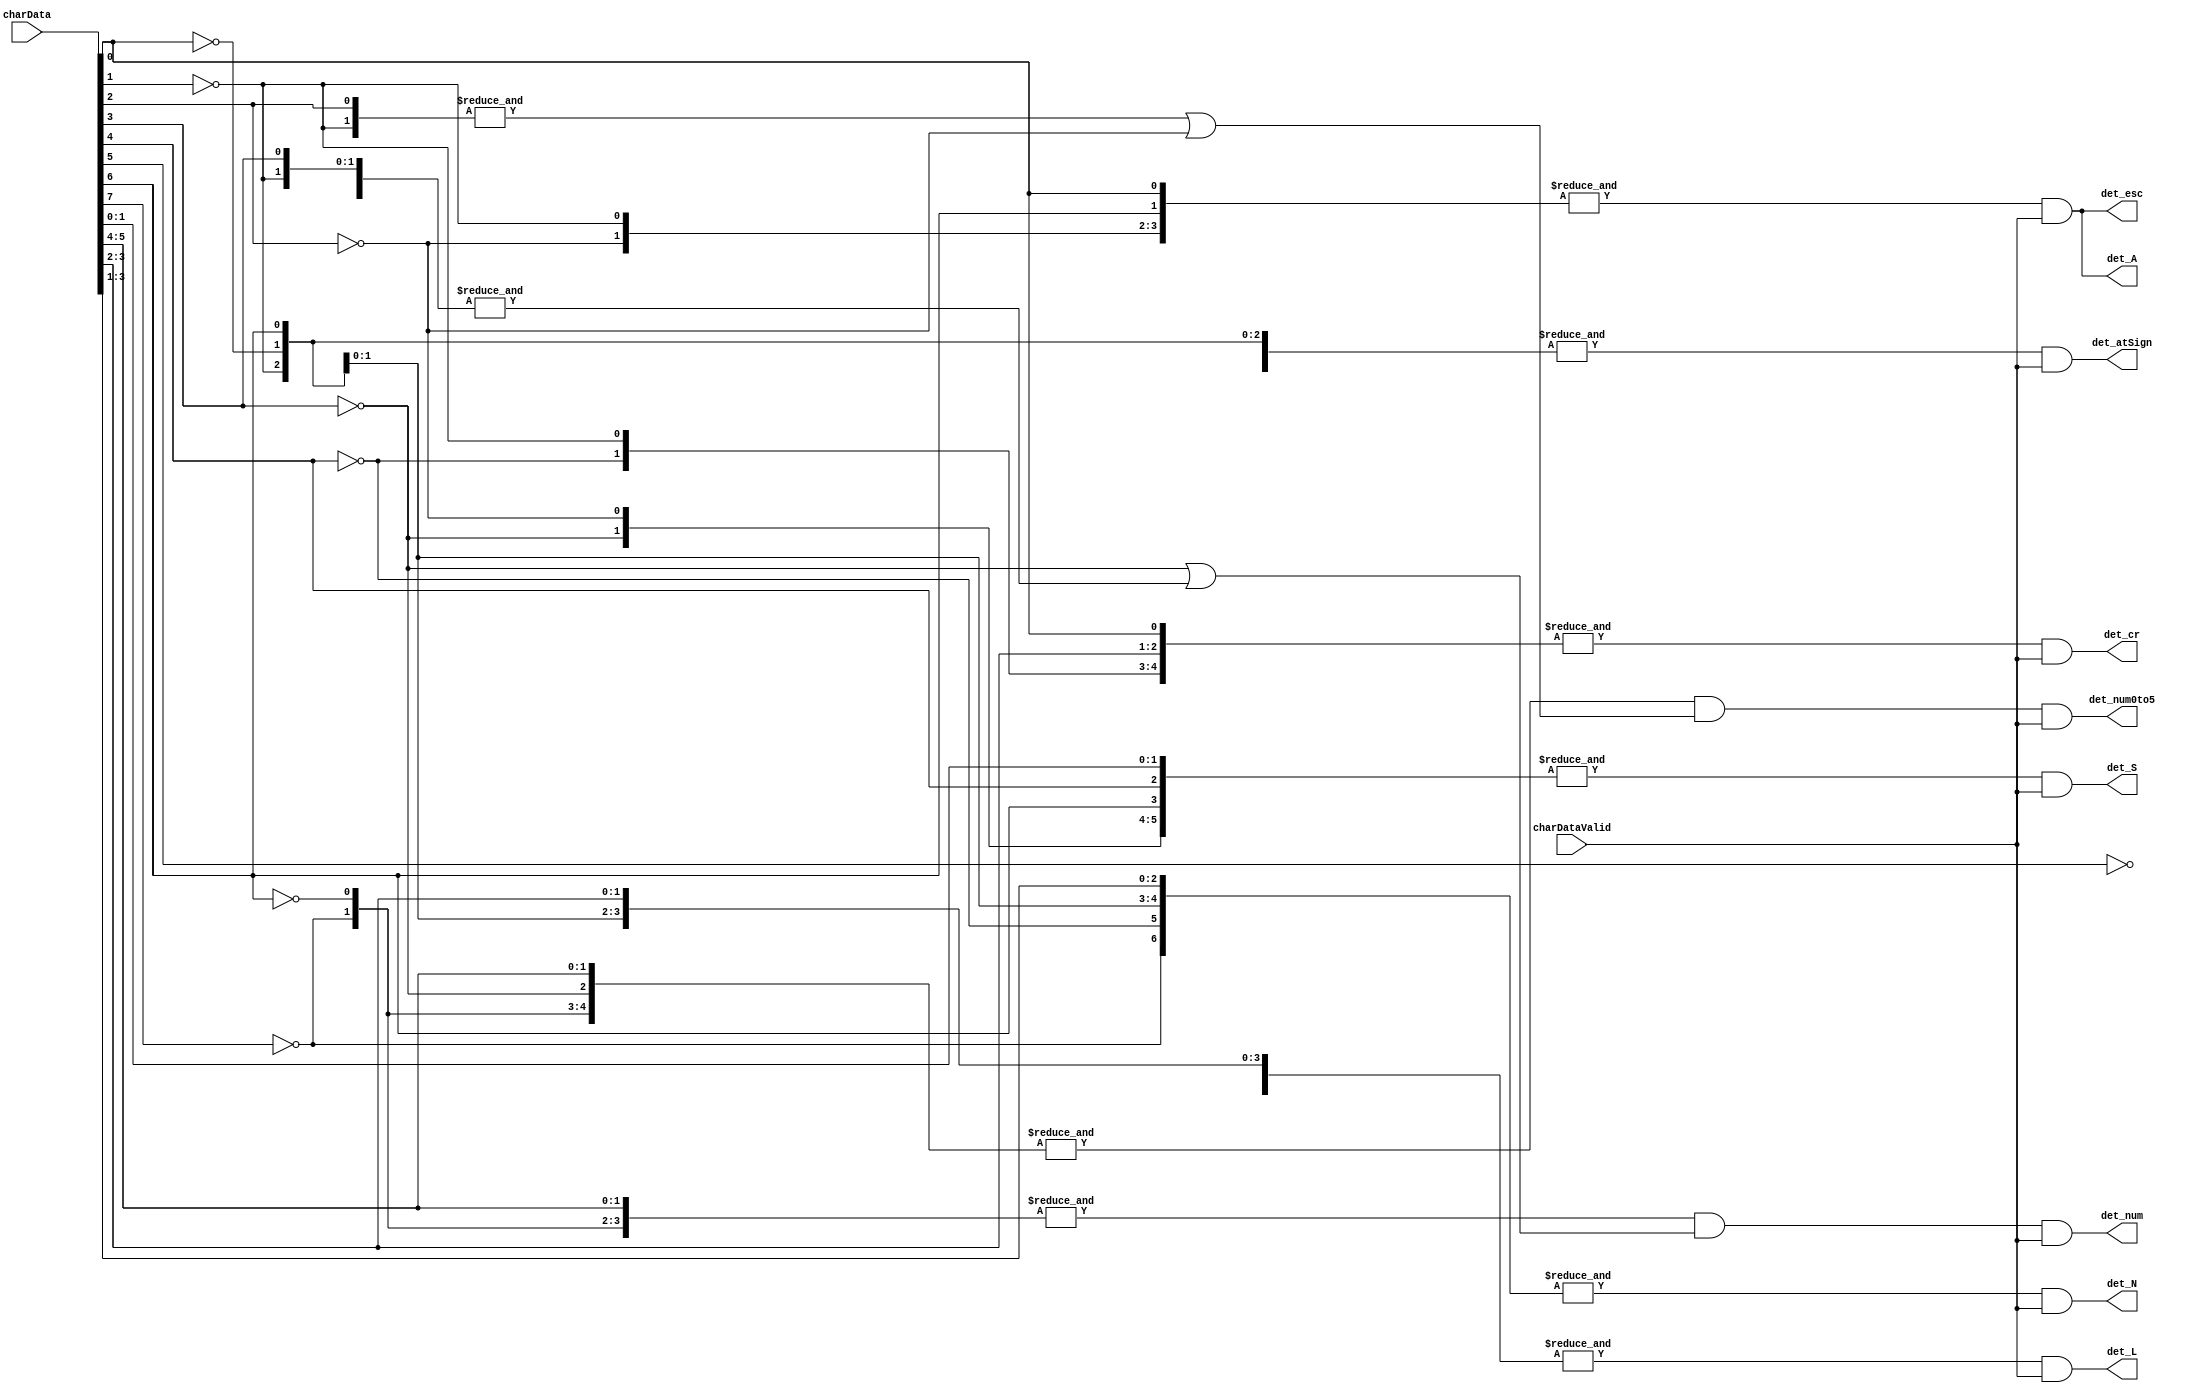

// --------------------------------------------------------------------
// >>>>>>>>>>>>>>>>>>>>>>>>> COPYRIGHT NOTICE <<<<<<<<<<<<<<<<<<<<<<<<<
// --------------------------------------------------------------------
// Copyright (c) 2019 by UCSD CSE 140L
// --------------------------------------------------------------------
//
// Permission:
//
//   This code for use in UCSD CSE 140L.
//   It is synthesisable for Lattice iCEstick 40HX.  
//
// Disclaimer:
//
//   This Verilog source code is intended as a design reference
//   which illustrates how these types of functions can be implemented.
//   It is the user's responsibility to verify their design for
//   consistency and functionality through the use of formal
//   verification methods.  
//
// -------------------------------------------------------------------- //           
//                     Lih-Feng Tsaur
//                     Bryan Chin
//                     UCSD CSE Department
//                     9500 Gilman Dr, La Jolla, CA 92093
//                     U.S.A
//
// --------------------------------------------------------------------
//
//
//  decodeKeys
//
// decode the 8 bit ascii input charData when
// charDataValid is asserted.
// specifically, we decode
//   'ESC' 
//   '0-9'
//   '0-5'
//   'CR' - stop (carriage return)
//   '@'
//   'a'
//   'l' 
//   's''S' -- start
//   'n''N' -- select LED 
//
module decodeKeys(
        output wire     det_esc,
        output wire     det_num,
        output wire     det_num0to5, 
        output wire     det_cr,
        output wire     det_atSign,
        output wire     det_A,
        output wire     det_L,
        output wire     det_N,
        output wire     det_S,
        input wire[7:0] charData,
        input wire      charDataValid
    );

   // Key.1 add code to detect input keys
   //   5% of points assigned to Lab3
   wire b0_0 = ~charData[0];
   wire b1_0 = ~charData[1];
   wire b2_0 = ~charData[2];
   wire b3_0 = ~charData[3];
   wire b4_0 = ~charData[4];
   wire b5_0 = ~charData[5];
   wire b6_0 = ~charData[6];
   wire b7_0 = ~charData[7];
   wire b0_1 = charData[0];
   wire b1_1 = charData[1];
   wire b2_1 = charData[2];
   wire b3_1 = charData[3];
   wire b4_1 = charData[4];
   wire b5_1 = charData[5];
   wire b6_1 = charData[6];
   wire b7_1 = charData[7];

   // esc - 1b = 8'd27
   assign det_esc = &{b7_0, b6_1, b4_0, b3_0, b2_0, b1_0, b0_1} & charDataValid;

   // 0-5 0x30 - 0x35
   assign det_num0to5 = &{b7_0, b6_0, b5_1, b4_1, b3_0} & (&{b2_1, b1_0} | b2_0) & charDataValid;
   
   // 0-9 0x30 - 0x39
   assign det_num = &{b7_0, b6_0, b5_1, b4_1} &( b3_0 | &{b3_1, b2_0, b1_0}) &  charDataValid;      

   // 8'd13 0x0d
   assign det_cr = &{b7_0, b6_0, b5_0, b4_0, b3_1, b2_1, b1_0, b0_1} & charDataValid;

   // "A/a" = 41/61
   assign det_A = &{b7_0, b6_1, b4_0, b3_0, b2_0, b1_0, b0_1} & charDataValid;
   
   // "L/l" = 4C/6C
   assign det_L = &{b7_0, b6_1, b4_0, b3_1, b2_1, b1_0, b0_0} & charDataValid;

   // "N/n" = 4E/6E
   assign det_N = &{b7_0, b6_1, b4_0, b3_1, b2_1, b1_1, b0_0} & charDataValid;

   // "S/s" = 53/73
   assign det_S = &{b7_0, b6_1, b4_1, b3_0, b2_0, b1_1, b0_1} & charDataValid;

   // "@" = 40
   assign det_atSign = &{b7_0, b6_1, b5_0, b4_0, b3_0, b2_0, b1_0, b0_0} & charDataValid;
   
endmodule